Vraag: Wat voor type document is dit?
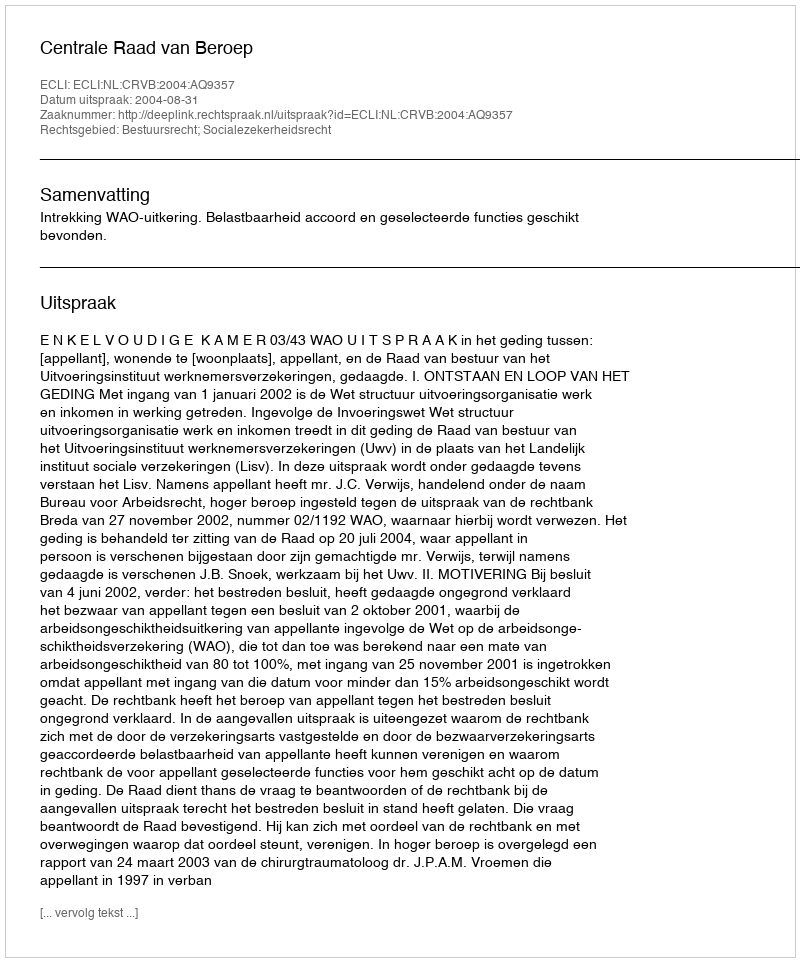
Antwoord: Uitspraak